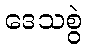
ဒေသစွဲ